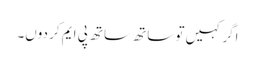
اگر کہیں تو ساتھ ساتھ پی ایم کر دوں۔